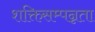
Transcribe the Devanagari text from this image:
शक्तिसम्पन्नता